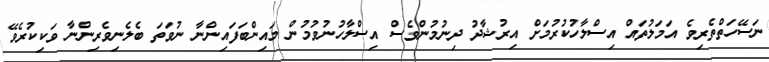
ނަސޭހަތްތެރިވެ އަމަލުތައް އިސްލާހުކުރުމަށް އިރުޝާދު ދިނުމުންވެސް އިސްލާހުނުވުމުން މައިންބަފައިންނާ ނުވަތަ ބެލެނިވެރިންނާ ވަކިކުރެވޭ